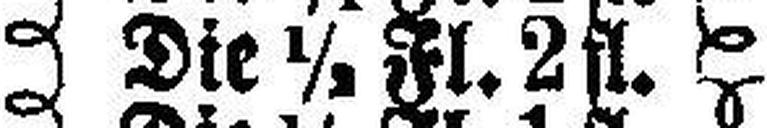
Die ½ Fl. 2 fl.